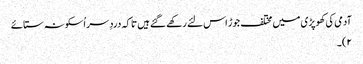
آدمی کی کھوپڑی میں مختلف جوڑ اس لئے رکھے گئے ہیں تا کہ دردِ سر اُسکو نہ ستائے
۲)۔